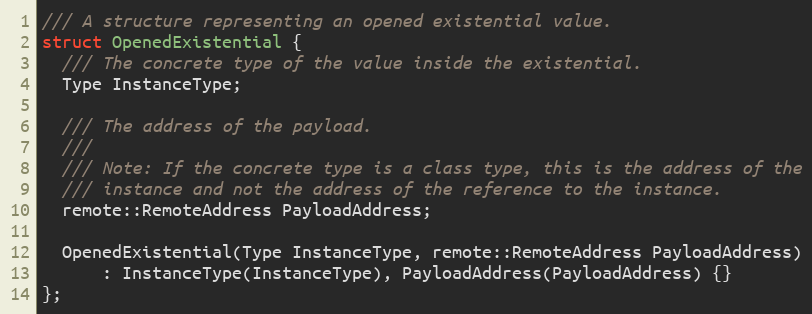
Language: C
/// A structure representing an opened existential value.
struct OpenedExistential {
  /// The concrete type of the value inside the existential.
  Type InstanceType;

  /// The address of the payload.
  ///
  /// Note: If the concrete type is a class type, this is the address of the
  /// instance and not the address of the reference to the instance.
  remote::RemoteAddress PayloadAddress;

  OpenedExistential(Type InstanceType, remote::RemoteAddress PayloadAddress)
      : InstanceType(InstanceType), PayloadAddress(PayloadAddress) {}
};